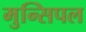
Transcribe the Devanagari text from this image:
मुन्सिपल